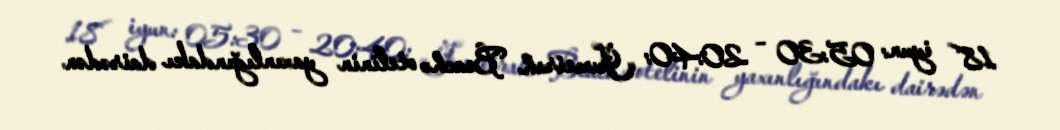
18 iyun: 05:30 – 20:40: «Jumeirah Beach» otelinin yaxınlığındakı dairədən